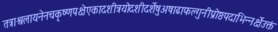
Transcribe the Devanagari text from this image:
तत्राश्वलायनेनचकृष्णपक्षेएकादशीत्रयोदशीदर्शेषुअषाढाफल्गुनीप्रोष्ठपदाभिन्नर्क्षेउक्तं